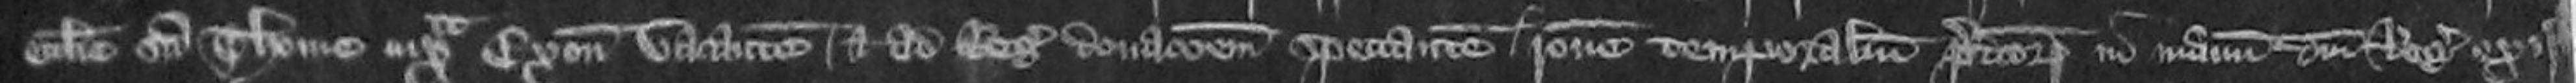
ecclesie Sancte Thome iuxta Exonie vacantem et ad Regis donacionem spectantem ratione temporalium predictorum in manum domini Regis exis